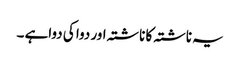
یہ ناشتہ کا ناشتہ اور دوا کی دواہے ۔